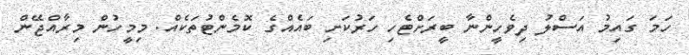
ހަމަ ގައިމު އަސްލު ދިވެހީންނާ ބީރަށްޓެހި ހަރުކަށި ބައެއްގެ ކޮމެންޓުތަކެއް. މިމީހުން މިރާއްޖޭން